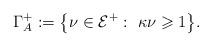
LaTeX: \begin{align*}\Gamma_A^+:=\bigl\{\nu\in\mathcal E^+: \ \kappa\nu\geqslant1\bigr\}.\end{align*}